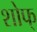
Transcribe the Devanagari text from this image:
शोफ्